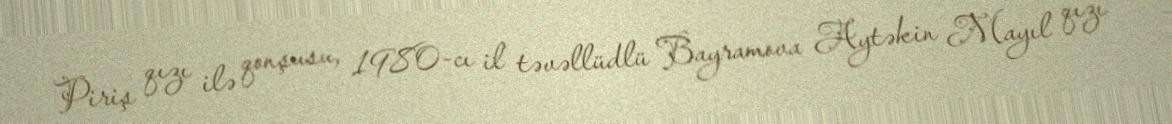
Piriş qızı ilə qonşusu, 1980-cı il təvəllüdlü Bayramova Aytəkin Mayıl qızı